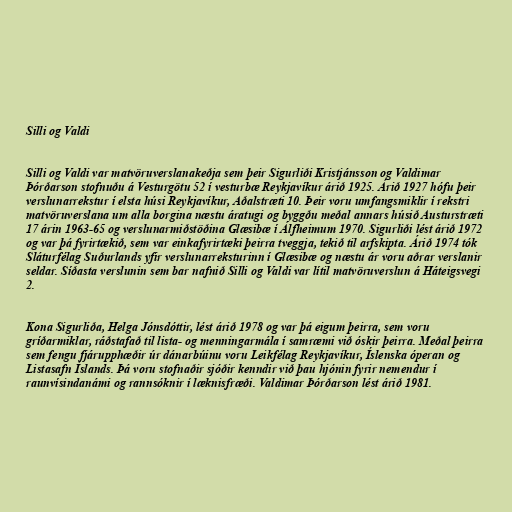
Silli og Valdi

Silli og Valdi var matvöruverslanakeðja sem þeir Sigurliði Kristjánsson og Valdimar
Þórðarson stofnuðu á Vesturgötu 52 í vesturbæ Reykjavíkur árið 1925. Árið 1927 hófu þeir
verslunarrekstur í elsta húsi Reykjavíkur, Aðalstræti 10. Þeir voru umfangsmiklir í rekstri
matvöruverslana um alla borgina næstu áratugi og byggðu meðal annars húsið Austurstræti
17 árin 1963-65 og verslunarmiðstöðina Glæsibæ í Álfheimum 1970. Sigurliði lést árið 1972
og var þá fyrirtækið, sem var einkafyrirtæki þeirra tveggja, tekið til arfskipta. Árið 1974 tók
Sláturfélag Suðurlands yfir verslunarreksturinn í Glæsibæ og næstu ár voru aðrar verslanir
seldar. Síðasta verslunin sem bar nafnið Silli og Valdi var lítil matvöruverslun á Háteigsvegi
2.

Kona Sigurliða, Helga Jónsdóttir, lést árið 1978 og var þá eigum þeirra, sem voru
gríðarmiklar, ráðstafað til lista- og menningarmála í samræmi við óskir þeirra. Meðal þeirra
sem fengu fjárupphæðir úr dánarbúinu voru Leikfélag Reykjavíkur, Íslenska óperan og
Listasafn Íslands. Þá voru stofnaðir sjóðir kenndir við þau hjónin fyrir nemendur í
raunvísindanámi og rannsóknir í læknisfræði. Valdimar Þórðarson lést árið 1981.